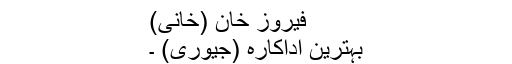
فیروز خان (خانی)
بہترین اداکارہ (جیوری) ۔